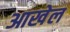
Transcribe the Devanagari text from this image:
आखेल